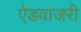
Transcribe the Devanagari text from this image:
ऐडवाजरी